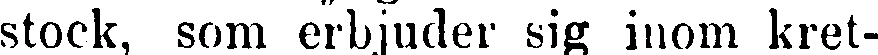
stock, som erbjuder sig inom kret-